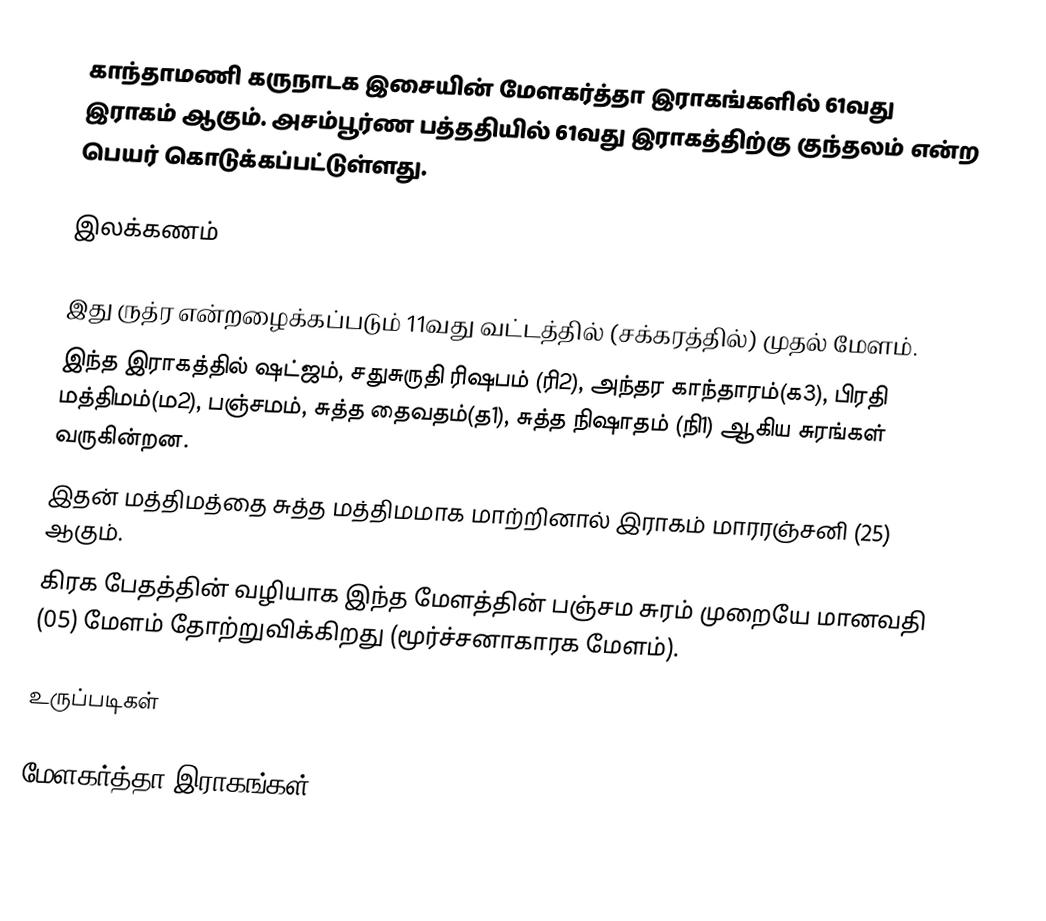
காந்தாமணி கருநாடக இசையின் மேளகர்த்தா இராகங்களில் 61வது இராகம் ஆகும். அசம்பூர்ண பத்ததியில் 61வது இராகத்திற்கு குந்தலம் என்ற பெயர் கொடுக்கப்பட்டுள்ளது.

இலக்கணம்

 இது ருத்ர என்றழைக்கப்படும் 11வது வட்டத்தில் (சக்கரத்தில்) முதல் மேளம்.
 இந்த இராகத்தில் ஷட்ஜம், சதுசுருதி ரிஷபம் (ரி2), அந்தர காந்தாரம்(க3), பிரதி மத்திமம்(ம2), பஞ்சமம், சுத்த தைவதம்(த1), சுத்த நிஷாதம் (நி1) ஆகிய சுரங்கள் வருகின்றன.
 இதன் மத்திமத்தை சுத்த மத்திமமாக மாற்றினால் இராகம் மாரரஞ்சனி (25) ஆகும்.
 கிரக பேதத்தின் வழியாக இந்த மேளத்தின் பஞ்சம சுரம் முறையே மானவதி (05) மேளம் தோற்றுவிக்கிறது (மூர்ச்சனாகாரக மேளம்).

உருப்படிகள்

மேளகர்த்தா இராகங்கள்